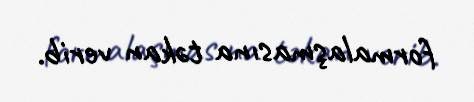
formalaşmasına təkan verib.